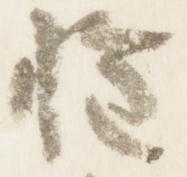
権